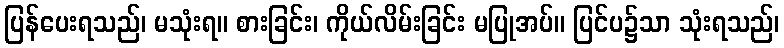
ပြန်ပေးရသည်၊ မသုံးရ။ စားခြင်း၊ ကိုယ်လိမ်းခြင်း မပြုအပ်။ ပြင်ပ၌သာ သုံးရသည်၊